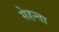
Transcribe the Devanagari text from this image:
सेहन्‍ता